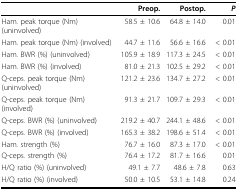
<table><thead><tr><td></td><td><b>Preop.</b></td><td><b>Postop.</b></td><td><b><i>P</i></b></td></tr></thead><tbody><tr><td>Ham. peak torque (Nm) (uninvolved)</td><td>58.5 ± 10.6</td><td>64.8 ± 14.0</td><td>0.01</td></tr><tr><td>Ham. peak torque (Nm) (involved)</td><td>44.7 ± 11.6</td><td>56.6 ± 16.6</td><td>&lt; 0.01</td></tr><tr><td>Ham. BWR (%) (uninvolved)</td><td>105.9 ± 18.9</td><td>117.3 ± 24.5</td><td>&lt; 0.01</td></tr><tr><td>Ham. BWR (%) (involved)</td><td>81.0 ± 21.3</td><td>102.5 ± 29.2</td><td>&lt; 0.01</td></tr><tr><td>Q-ceps. peak torque (Nm) (uninvolved)</td><td>121.2 ± 23.6</td><td>134.7 ± 27.2</td><td>&lt; 0.01</td></tr><tr><td>Q-ceps. peak torque (Nm) (involved)</td><td>91.3 ± 21.7</td><td>109.7 ± 29.3</td><td>&lt; 0.01</td></tr><tr><td>Q-ceps. BWR (%) (uninvolved)</td><td>219.2 ± 40.7</td><td>244.1 ± 48.6</td><td>&lt; 0.01</td></tr><tr><td>Q-ceps. BWR (%) (involved)</td><td>165.3 ± 38.2</td><td>198.6 ± 51.4</td><td>&lt; 0.01</td></tr><tr><td>Ham. strength (%)</td><td>76.7 ± 16.0</td><td>87.3 ± 17.0</td><td>&lt; 0.01</td></tr><tr><td>Q-ceps. strength (%)</td><td>76.4 ± 17.2</td><td>81.7 ± 16.6</td><td>0.01</td></tr><tr><td>H/Q ratio (%) (uninvolved)</td><td>49.1 ± 7.7</td><td>48.6 ± 7.8</td><td>0.63</td></tr><tr><td>H/Q ratio (%) (involved)</td><td>50.0 ± 10.5</td><td>53.1 ± 14.8</td><td>0.24</td></tr></tbody></table>